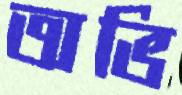
অভি